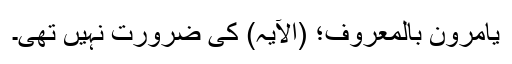
یَاْمُرُوْنَ بِالْمَعْرُوْفِ؛ (الآیہ) کی ضرورت نہیں تھی۔